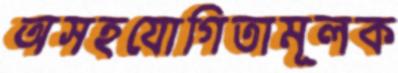
অসহযোগিতামূলক